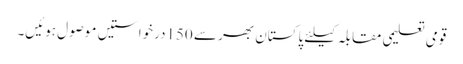
قومی تعلیمی مقابلہ کیلئے پاکستان بھر سے 150درخواستیں موصول ہوئیں۔